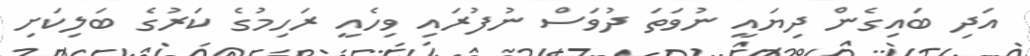
އަދި ބައިގެން ދިޔައީ ނުވަތަ ދުވަސް ނުފުރައި ވިހެއީ ރަހިމުގެ ކަރުގެ ބަލިކަށި